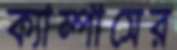
ক্যাম্পাসের